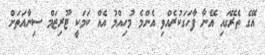
އޭގެ ތެރޭގައި އޭނާ ފާހަގަކުރެއްވި އެންމެ މުހިއްމު އެއް ކަމަކީ ޓޫރިޒަމް ސިނާއަތަށް